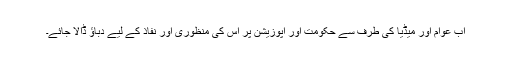
اب عوام اور میڈیا کی طرف سے حکومت اور اپوزیشن پر اس کی منظوری اور نفاذ کے لیے دباؤ ڈالا جائے۔